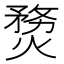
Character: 熃